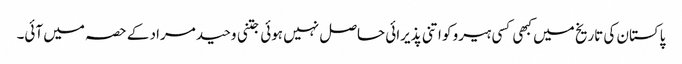
پاکستان کی تاریخ میں کبھی کسی ہیرو کو اتنی پذیرائی حاصل نہیں ہوئی جتنی وحید مراد کے حصہ میں آئی۔